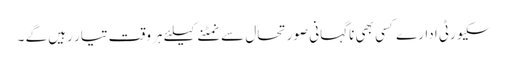
سکیورٹی ادارے کسی بھی ناگہانی صورتحال سے نمٹنے کیلئے ہر وقت تیار رہیں گے ۔